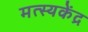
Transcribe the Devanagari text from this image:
मत्स्यकेंद्र